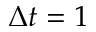
\Delta t = 1